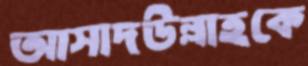
আসাদউল্লাহকে